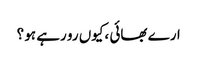
ارے بھائی ،کیوں رو رہے ہو ؟